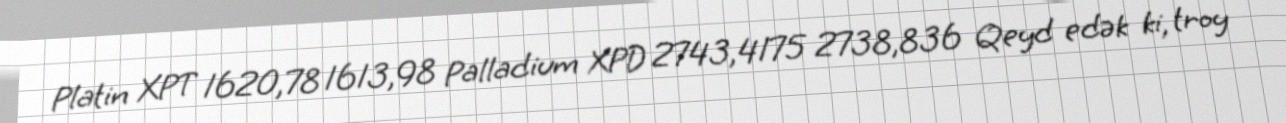
Platin XPT 1620,78 1613,98 Palladium XPD 2743,4175 2738,836 Qeyd edək ki, troy